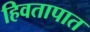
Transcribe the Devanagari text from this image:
हिवतापात